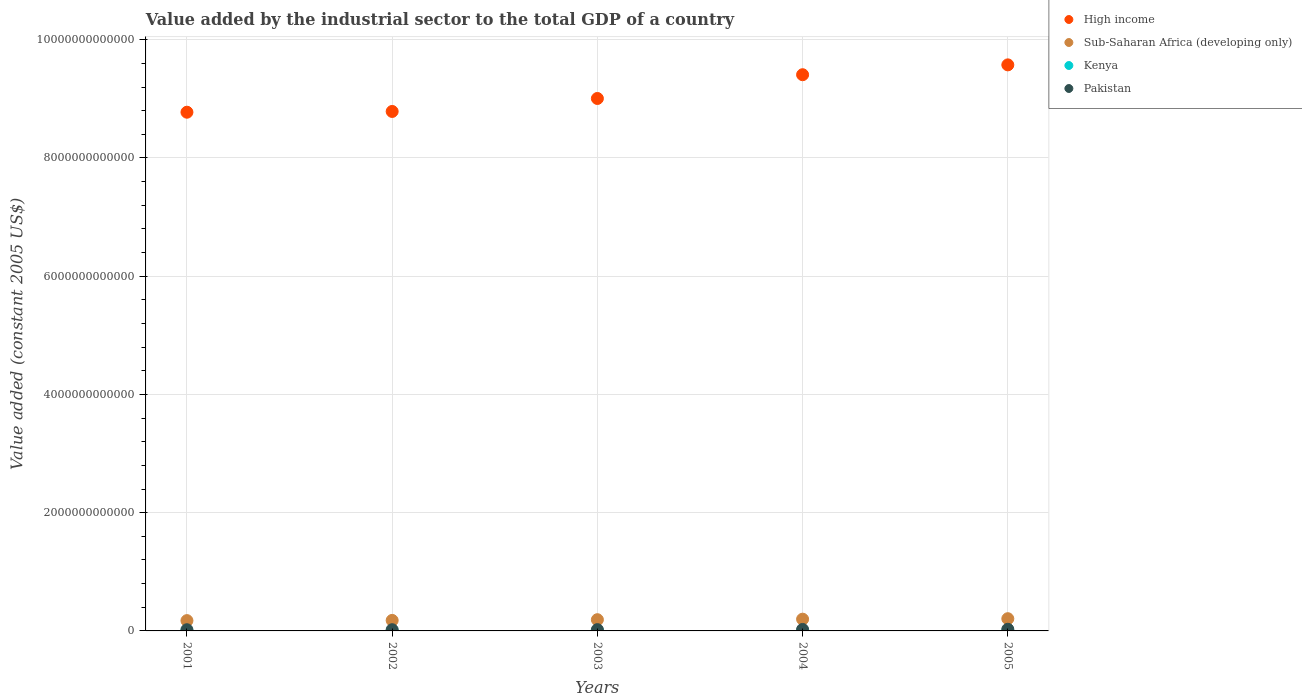
| Years | High income | Sub-Saharan Africa (developing only) | Kenya | Pakistan |
 | --- | --- | --- | --- | --- |
 | 2001 | 8.77e+12 | 1.74e+11 | 2.7e+09 | 2e+10 |
 | 2002 | 8.79e+12 | 1.78e+11 | 2.77e+09 | 2.06e+10 |
 | 2003 | 9.01e+12 | 1.9e+11 | 2.93e+09 | 2.14e+10 |
 | 2004 | 9.41e+12 | 1.99e+11 | 3.05e+09 | 2.49e+10 |
 | 2005 | 9.57e+12 | 2.07e+11 | 3.19e+09 | 2.8e+10 |